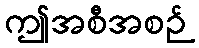
ဤအစီအစဉ်